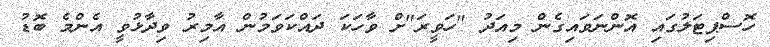
ހޮސްޕިޓަލުގައި އޮންނަވައިގެން މިއަދު "ހަވީރަ"ށް ވާހަކަ ދައްކަވަމުން އާމިރު ވިދާޅުވީ އެންމެ ބޮޑު